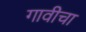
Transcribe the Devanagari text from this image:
गावीचा